Annual report on the mental hospital in the Central Provinces and Berar (Nagpur) - 1927-1951
Year: 1927
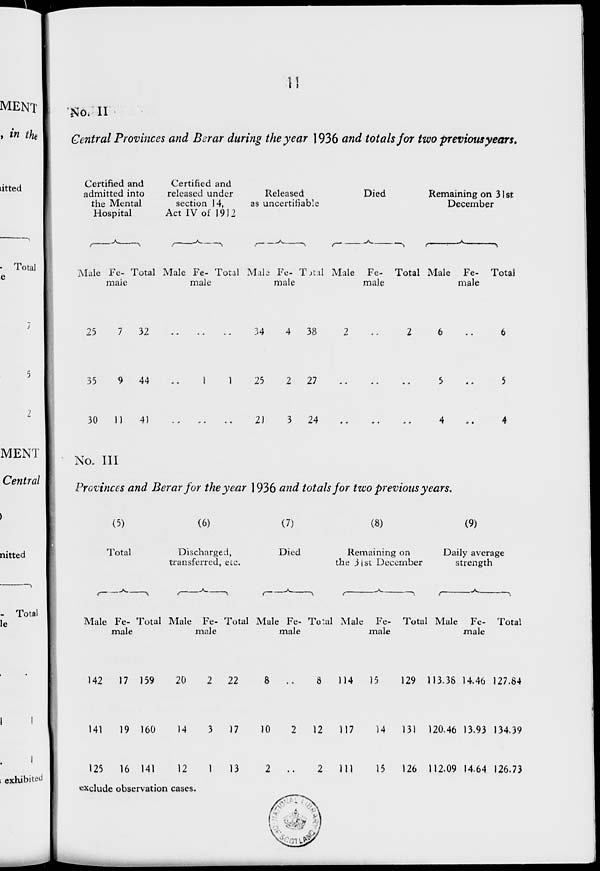
11
No. II
Central Provinces and Berar during the year 1936 and totals for two previous years.
Certified and
admitted into
the Mental
Hospital
Male
25
35
30
Fe-
male
7
9
11
Total
32
44
41
Certified and
released under
section 14,
Act IV of 1912
Male
..
..
..
Fe-
male
..
1
..
Total
..
1
..
Released
as uncertifiable
Male
34
25
21
Fe-
male
4
2
3
Total
38
27
24
Died
Male
2
..
..
Fe-
male
..
..
..
Total
2
..
..
Remaining on 31st
December
Male
6
5
4
Fe-
male
..
..
..
Total
6
5
4
No. III
Provinces and Berar for the year 1936 and totals for two previous years.
(5)
Total
Male
142
141
125
Fe-
male
17
19
16
Total
159
160
141
(6)
Discharged,
transferred, etc.
Male
20
14
12
Fe-
male
2
3
1
Total
22
17
13
(7)
Died
Male
8
10
2
Fe-
male
..
2
..
Total
8
12
2
(8)
Remaining on
the 31st December
Male
114
117
111
Fe-
male
15
14
15
Total
129
131
126
(9)
Daily average
strength
Male
113.38
120.46
112.09
Fe-
male
14.46
13.93
14.64
Total
127.84
134.39
126.73
exclude observation cases.